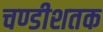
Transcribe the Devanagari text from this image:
चण्डीशतक